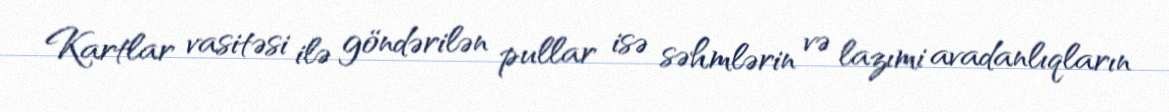
Kartlar vasitəsi ilə göndərilən pullar isə səhmlərin və lazımi avadanlıqların